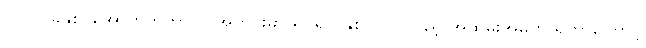
၂၀၂၀ ခုနှစ်၊ အောက်တိုဘာလ အတွင်းမှာ ရုပ်ရှင် နှစ် ၁၀၀ ပြည့် အထိမ်းအမှတ် ရှိတာကြောင့်